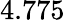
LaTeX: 4.775